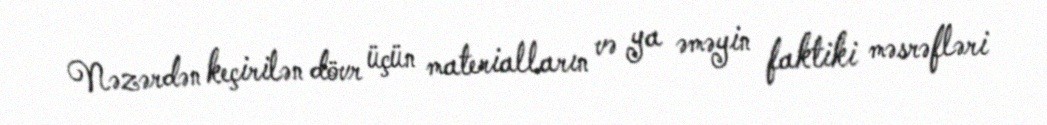
Nəzərdən keçirilən dövr üçün materialların və ya əməyin faktiki məsrəfləri